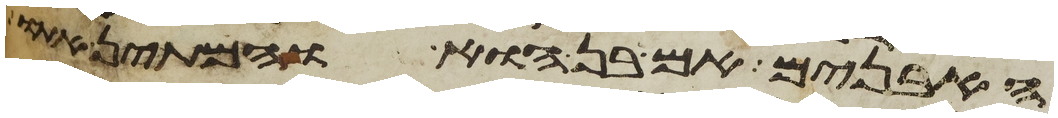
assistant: האבנים אם בן הוא והמתן